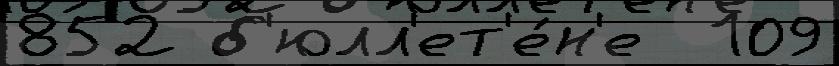
852 б'юлл'ет'е́н'е  109